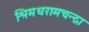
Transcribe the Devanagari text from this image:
श्रिमधरामचन्द्रा